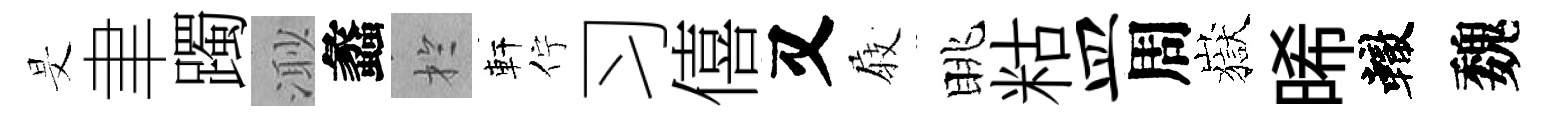
旻聿躅𣺌蠡扵軒佇习僖又𡲆眺䊀皿周嶽晞轍魏